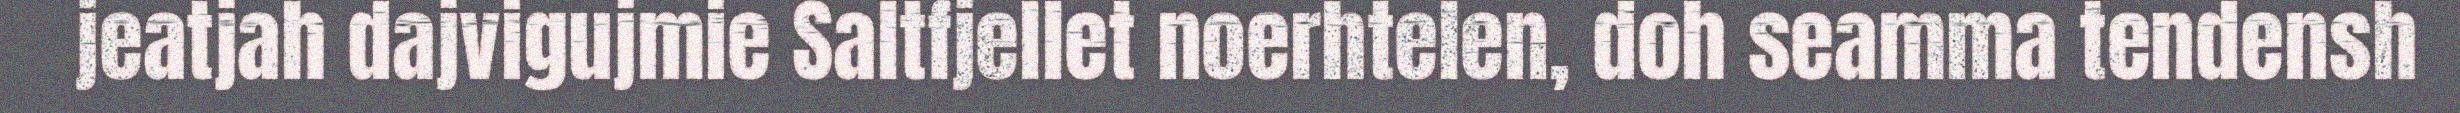
jeatjah dajvigujmie Saltfjellet noerhtelen, doh seamma tendensh